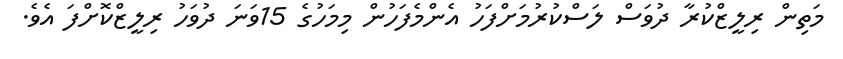
މަތިން ރިލީޒްކުރާ ދުވަސް ލަސްކުރުމަށްފަހު އެންމެފަހުން މިމަހުގެ 15ވަނަ ދުވަހު ރިލީޒްކޮށްފަ އެވެ.